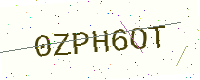
Text: 0ZPH6OT